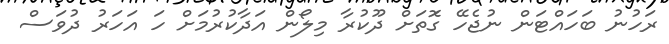
ރަހުނު ބަހައްޓަން ނުޖެހޭ ގޮަތަށް ދޫކުރާ މިލޯން އަދާކުރުމަށް ހަ އަހަރު ދުވަސް